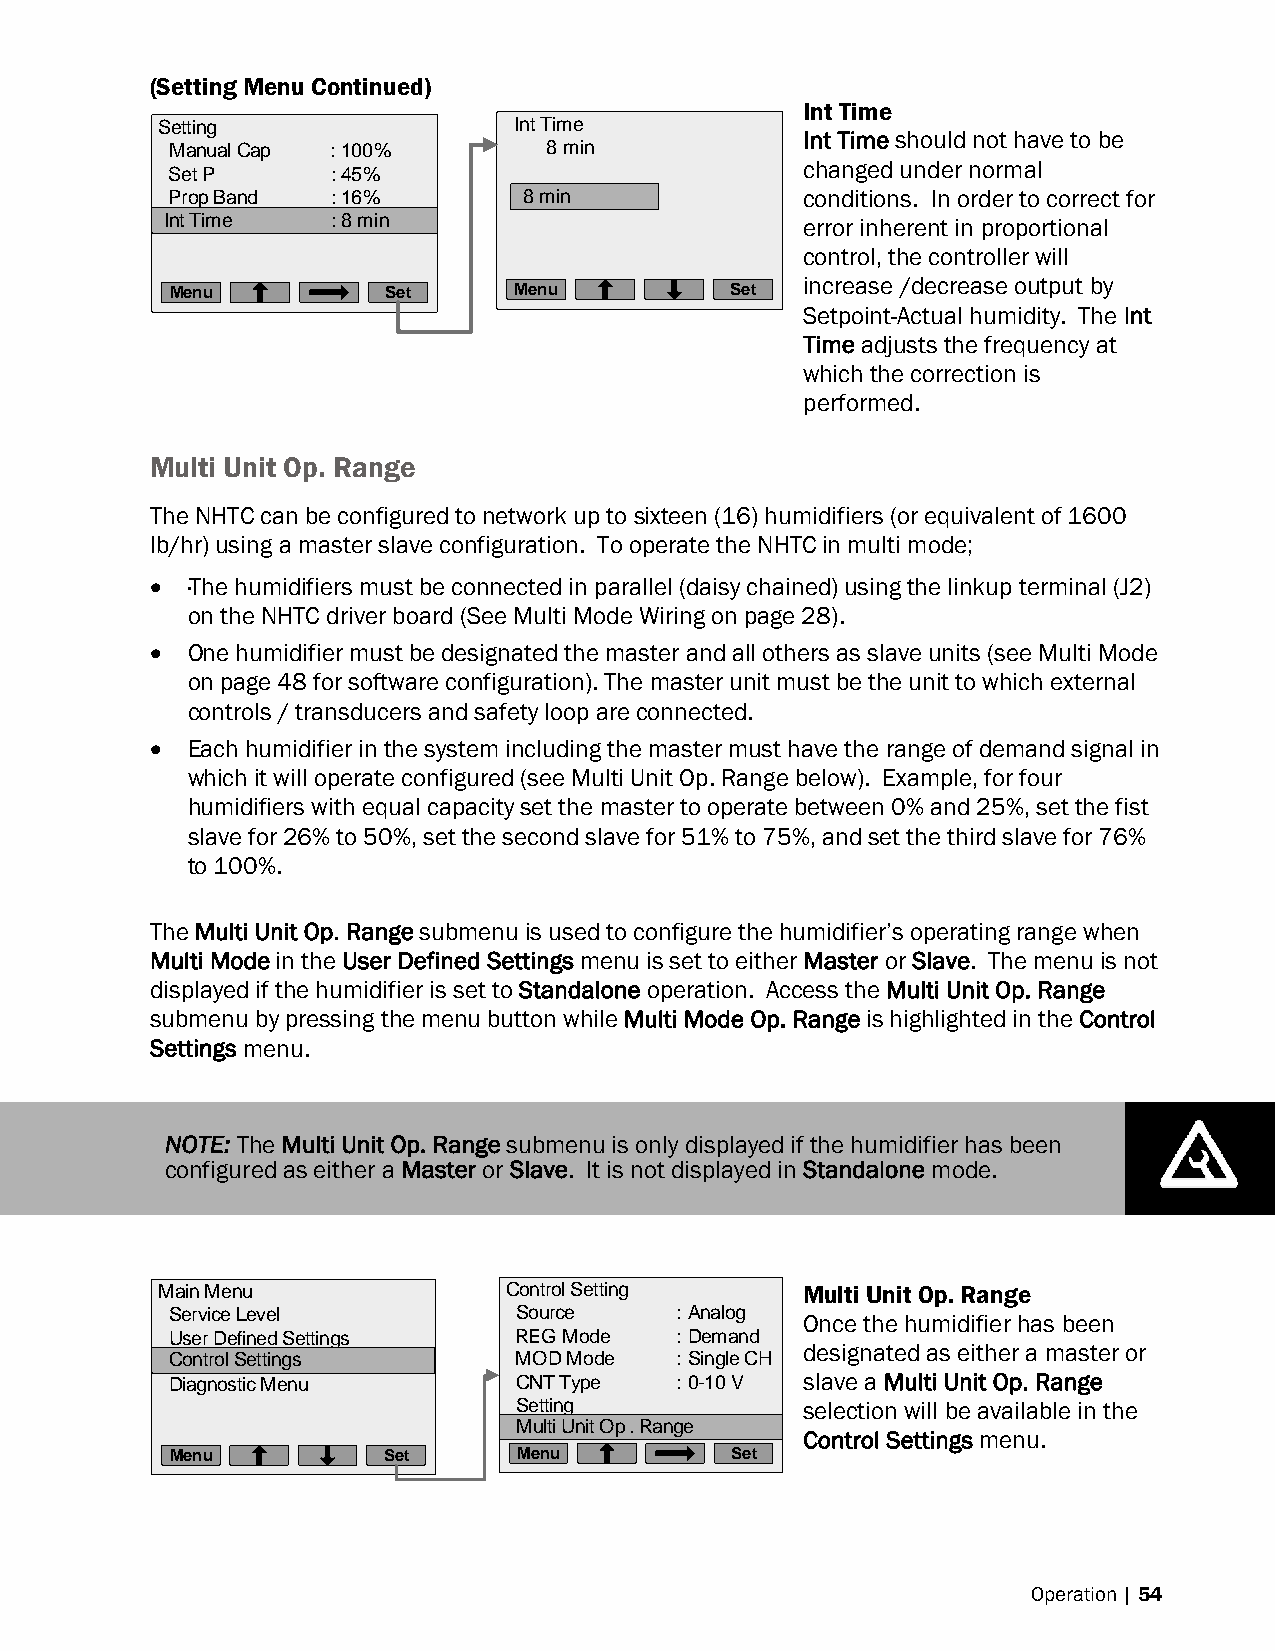
(Setting Menu Continued)
 Int Time
 Setting                 Int Time
 Int Time should not have to be
 Manual Cap : 100%        8 min
 changed under normal
 Set P      : 45%
 Prop Band  : 16%       88 mmiinn          conditions. In order to correct for
 IInntt TTimimee :: 88 mmiinn              error inherent in proportional
 control, the controller will
 increase /decrease output by
 Menu          Set      Menu          Set
 Setpoint-Actual humidity. The Int
 Time adjusts the frequency at
 which the correction is
 performed.
 Multi Unit Op. Range
 The NHTC can be configured to network up to sixteen (16) humidifiers (or equivalent of 1600
 lb/hr) using a master slave configuration. To operate the NHTC in multi mode;
  ·The humidifiers must be connected in parallel (daisy chained) using the linkup terminal (J2)
 on the NHTC driver board (See Multi Mode Wiring on page 28).
  One humidifier must be designated the master and all others as slave units (see Multi Mode
 on page 48 for software configuration). The master unit must be the unit to which external
 controls / transducers and safety loop are connected.
  Each humidifier in the system including the master must have the range of demand signal in
 which it will operate configured (see Multi Unit Op. Range below). Example, for four
 humidifiers with equal capacity set the master to operate between 0% and 25%, set the fist
 slave for 26% to 50%, set the second slave for 51% to 75%, and set the third slave for 76%
 to 100%.
 The Multi Unit Op. Range submenu is used to configure the humidifier’s operating range when
 Multi Mode in the User Defined Settings menu is set to either Master or Slave. The menu is not
 displayed if the humidifier is set to Standalone operation. Access the Multi Unit Op. Range
 submenu by pressing the menu button while Multi Mode Op. Range is highlighted in the Control
 Settings menu.
 NOTE: The Multi Unit Op. Range submenu is only displayed if the humidifier has been
 configured as either a Master or Slave. It is not displayed in Standalone mode.
 Main Menu              Control Setting     Multi Unit Op. Range
 Service Level          Source     : Analog
 Once the humidifier has been
 User Defined Settings  REG Mode   : Demand
 designated as either a master or
 CCoonnttrrooll SSeettttiinnggss MOD Mode : Single CH
 Diagnostic Menu        CNT Type   : 0-10 V slave a Multi Unit Op. Range
 Setting            selection will be available in the
 MMuullttii UUnniitt OOpp.. RRaannggee
 Control Settings menu.
 Menu          Set      Menu          Set
 Operation | 54